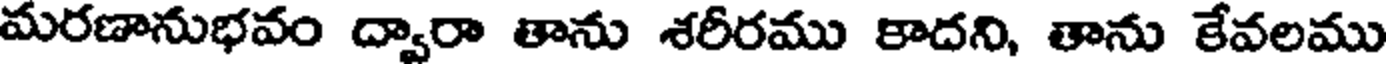
మరణానుభవం ద్వారా తాను శరీరము కాదని, తాను కేవలము